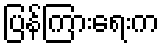
ပြန်ကြားရေးက